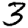
Digit: 3